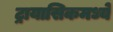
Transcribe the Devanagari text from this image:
ट्रायासिकमध्ये